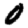
Digit: 0